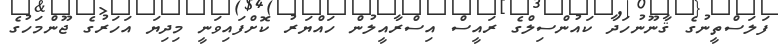
ފަލަސްތީނުގެ ޤާނޫނުހަދާ ކައުންސިލްގެ ރައީސް އިސްރާއީލުން ހައްޔަރު ކޮށްފައިވަނީ މިދިޔަ އަހަރުގެ ޖޫންމަހުގެ